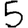
Digit: 5